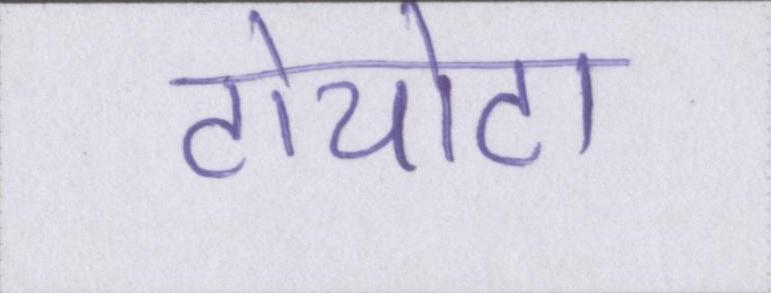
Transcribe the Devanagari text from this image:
टोयोटा